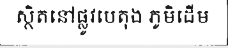
ស្ថិតនៅផ្លូវបេតុង ភូមិដើម